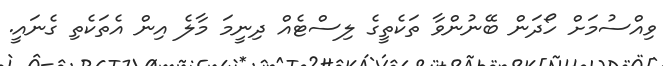
ވިއްސުމަށް ހޯދަން ބޭނުންވާ ތަކެތީގެ ލިސްޓެއް ދިނީމަ މާލެ އިން އެތަކެތި ގެނައީ.